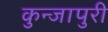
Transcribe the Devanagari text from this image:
कुन्जापुरी